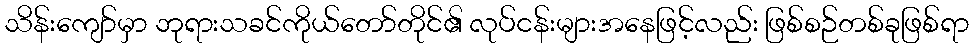
သိန်းကျော်မှာ ဘုရားသခင်ကိုယ်တော်တိုင်၏ လုပ်ငန်းများအနေဖြင့်လည်း ဖြစ်စဉ်တစ်ခုဖြစ်ရာ